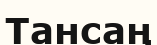
Тансаң